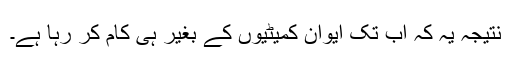
نتیجہ یہ کہ اب تک ایوان کمیٹیوں کے بغیر ہی کام کر رہا ہے۔